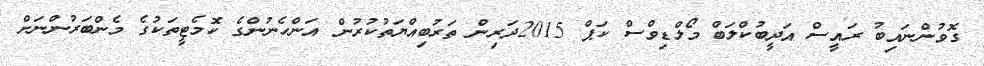
ގޮވުންނައިބު ރައީސް އަދީބުކްލަބް މޯލްޑިވްސް ކަޕް 2015ދަރިން ތަރުބިއްޔަތުކުރުން އަންހެނުންގެ ކޮމެޓީތަކުގެ މެންބަރުންނަށް